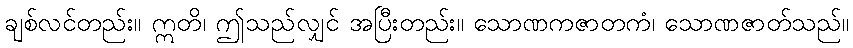
ချစ်လင်တည်း။ ဣတိ၊ ဤသည်လျှင် အပြီးတည်း။ သောဏကဇာတကံ၊ သောဏဇာတ်သည်။